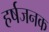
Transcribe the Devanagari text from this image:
हर्षजनक